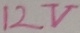
Text: 12V